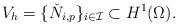
LaTeX: \begin{align*} V_{h} = \{\check{N}_{i,p}\}_{i\in{\mathcal{I}}} \subset H^1(\Omega). \end{align*}